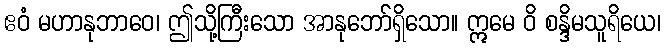
ဧဝံ မဟာနုဘာဝေ၊ ဤသို့ကြီးသော အာနုဘော်ရှိသော။ ဣမေ ဝိ စန္ဒိမသူရိယေ၊